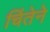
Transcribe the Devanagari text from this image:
चिंतेने